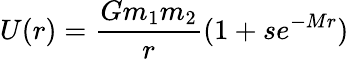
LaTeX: U(r)=\frac{Gm_{1}m_{2}}{r}(1+se^{-Mr})